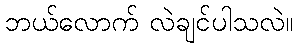
ဘယ်လောက် လဲချင်ပါသလဲ။